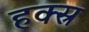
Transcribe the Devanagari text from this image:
हक्स्र